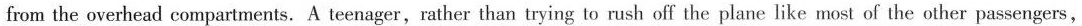
from the overhead compartments. A teenager,rather than trying to rush off the plane like most of the other passengers,